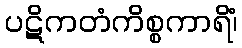
ပဋိကတံကိစ္စကာရိံ၊